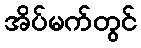
အိပ်မက်တွင်